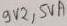
Text: 9V2,5VA